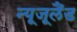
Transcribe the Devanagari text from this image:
न्यूजूलैंड